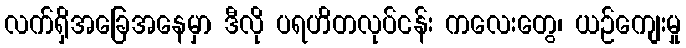
လက်ရှိအခြေအနေမှာ ဒီလို ပရဟိတလုပ်ငန်း ကလေးတွေ၊ ယဉ်ကျေးမှု